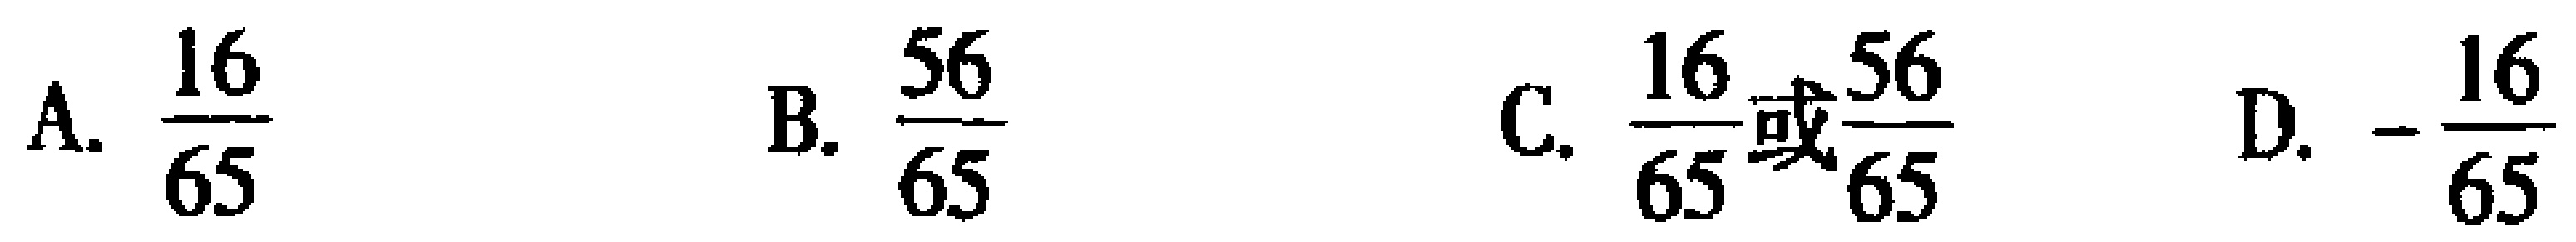
A. $\frac{16}{65}$  B. $\frac{56}{65}$  C. $\frac{16}{65}或\frac{56}{65}$  D. $-\frac{16}{65}$